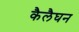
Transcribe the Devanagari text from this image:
कैलैघन